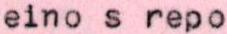
eino s repo